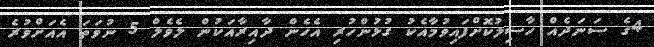
4ގެ ސަނަދެއް ހާސިލުކޮށްފައިވުމާއެކު ގުޅުންހުރި އެހެން ދާއިރާއަކުން ލެވެލް 5 ނުވަތަ އެއަށްވުރެ